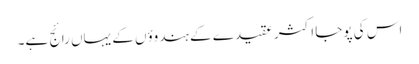
اس کی پوجا اکثر عقیدے کے ہندوؤں کے یہاں رائج ہے۔